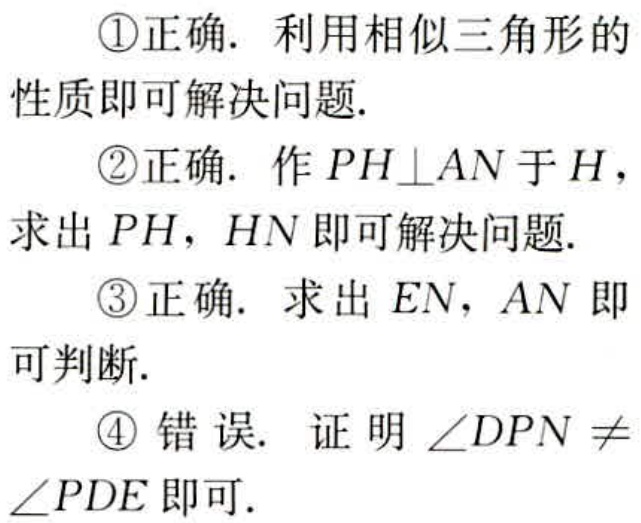
\textcircled{1}正确. 利用相似三角形的
性质即可解决问题.
\textcircled{2}正确. 作 \(PH\perp AN\) 于 \(H\)，
求出 \(PH\)，\(HN\) 即可解决问题.
\textcircled{3}正确. 求出 \(EN\)，\(AN\) 即
可判断.
\textcircled{4} 错误. 证明 \(\angle DPN\neq\)
\(\angle PDE\) 即可.